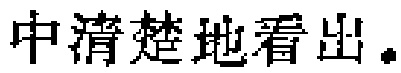
中清楚地看出。